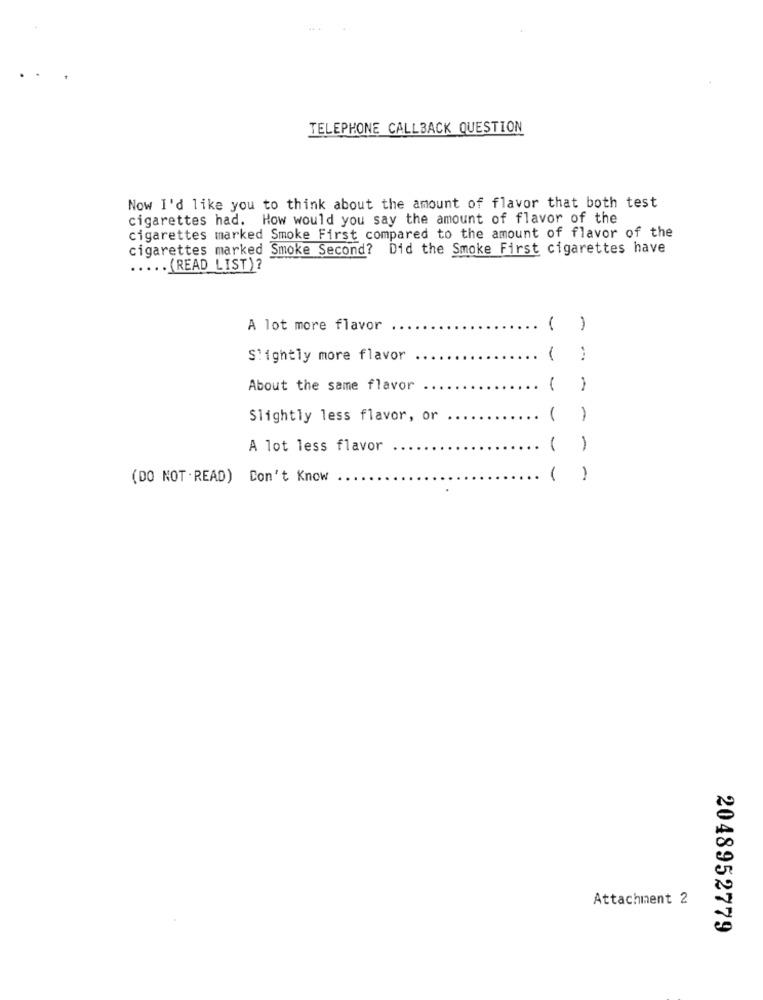
TELEPHONE CALLBACK QUESTION
Now I'd like you to think about the amount of flavor that both test
cigarettes had. How would you say the amount of flavor of the
cigarettes marked Smoke First compared to the amount of flavor of the
cigarettes marked Smoke Second? Did the Smoke First cigarettes have
..... (READ LIST)?
A lot more flavor
( )
Slightly more flavor
About the same flavor
Slightly less flavor, or
---
1
A lot less flavor
1
-
(DO NOT .READ) Don't Know
1
-
Attachment 2
2048952779